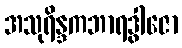
အသုရိန္ဒကဘာရဒွါဇော